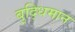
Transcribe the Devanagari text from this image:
बुद्‍धिमान